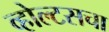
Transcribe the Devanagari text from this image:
व्होल्टसचा